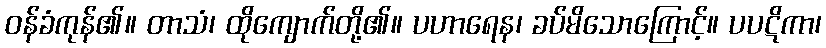
ဝန်ခံကုန်၏။ တာသံ၊ ထိုကျောက်တို့၏။ ပဟာရေန၊ ခပ်မိသောကြောင့်။ ပပဋိကာ၊